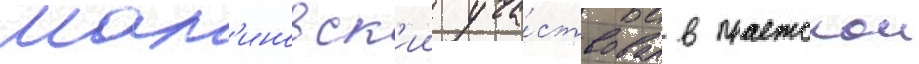
Мал'иновск'ии уча́ствовал в пражскои